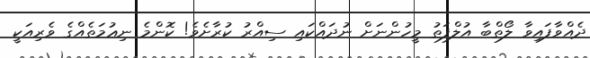
ދެއްވާފައިވާ ލޯތްބާ އުލްފަތު މީހުންނަށް ނުދައްކައި ސިއްރު ކުރާށެވެ! ކޮންމެ ނިޢުމަތެއްގެ ވެރިއަކީ